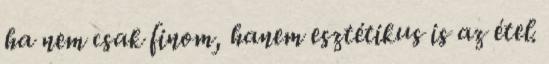
ha nem csak finom, hanem esztétikus is az étel.